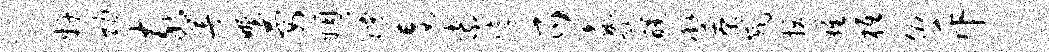
奸功亥著野要姻熳妄紫字爪蠡甑醺廨茶戚拔难柢俯斥